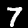
Label: 7